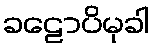
ခဠောပိမုခါ